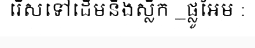
រើសទៅដើមនិងស្លឹក _ផ្លូអែម :